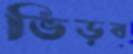
ভিড়ব